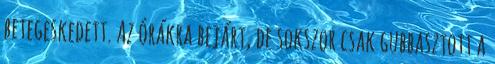
betegeskedett. Az órákra bejárt, de sokszor csak gubbasztott a